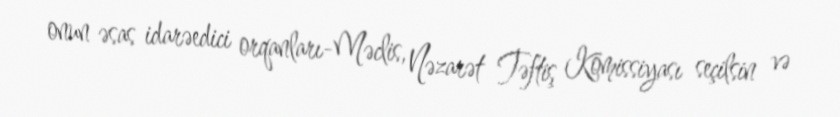
onun əsas idarəedici orqanları-Məclis, Nəzarət Təftiş Komissiyası seçilsin və